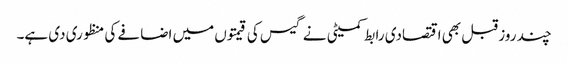
چند روز قبل بھی اقتصادی رابط کمیٹی نے گیس کی قیمتوں میں اضافے کی منظوری دی ہے۔